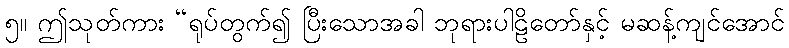
၅။ ဤသုတ်ကား “ရုပ်တွက်၍ ပြီးသောအခါ ဘုရားပါဠိတော်နှင့် မဆန့်ကျင်အောင်